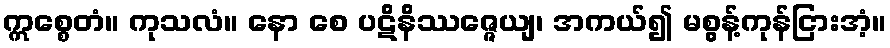
ဣစ္စေတံ။ ကုသလံ။ နော စေ ပဋိနိဿဇ္ဇေယျ၊ အကယ်၍ မစွန့်ကုန်ငြားအံ့။